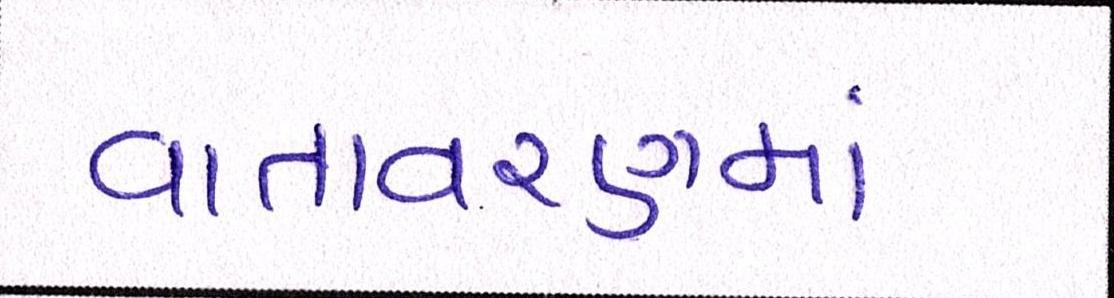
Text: વાતાવરણમાં